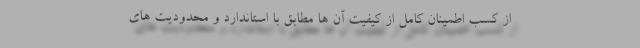
از کسب اطمینان کامل از کیفیت آن ها مطابق با استاندارد و محدودیت های